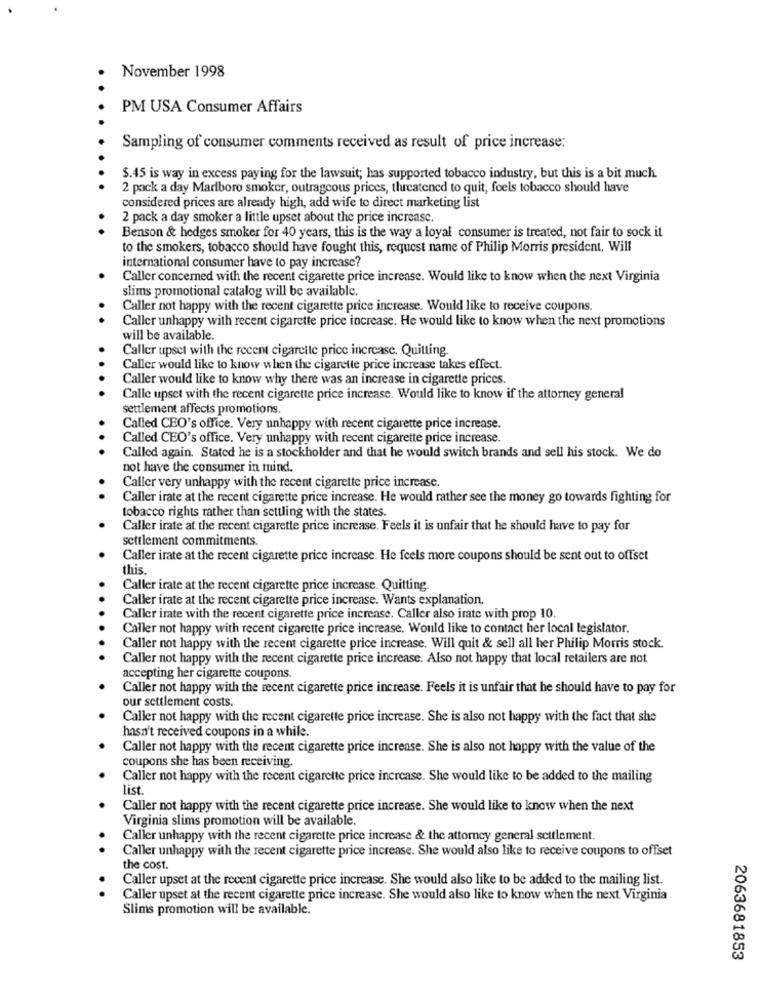
November 1998
PM USA Consumer Affairs
Sampling of consumer comments received as result of price increase:
$.45 is way in excess paying for the lawsuit; has supported tobacco industry, but this is a bit much.
2 pack a day Marlboro smoker, outrageous prices, threatened to quit, feels tobacco should have
considered prices are already high, add wife to direct marketing list
2 pack a day smoker a little upset about the price increase.
Benson & hedges smoker for 40 years, this is the way a loyal consumer is treated, not fair to sock it
to the smokers, tobacco should have fought this, request name of Philip Morris president, Will
international consumer have to pay increase?
Caller concerned with the recent cigarette price increase. Would like to know when the next Virginia
slims promotional catalog will be available.
Caller not happy with the recent cigarette price increase. Would like to receive coupons.
Caller unhappy with recent cigarette price increase. He would like to know when the next promotions
will be available.
Caller upset with the recent cigarette price increase. Quiuing
Caller would like to know when the cigarette price increase takes effect.
Caller would like to know why there was an increase in cigarette prices.
Calle upset with the recent cigarette price increase. Would like to know if the attorney general
settlement affects promotions.
Called CEO's office. Very unhappy with recent cigarette price increase.
Called CEO's office. Very unhappy with recent cigarette price increase.
Called again. Stated he is a stockholder and that he would switch brands and sell his stock. We do
not have the consumer in mind.
Caller very unhappy with the recent cigarette price increase.
Caller irate at the recent cigarette price increase. He would rather see the money go towards fighting for
tobacco rights rather than settling with the states.
Caller irate at the recent cigarette price increase. Feels it is unfair that he should have to pay for
settlement commitments.
Caller irate at the recent cigarette price increase. He feels more coupons should be sent out to offset
this
Caller irate at the recent cigarette price increase. Quitting.
Caller irate at the recent cigarette price increase. Wants explanation.
Caller imate with the recent cigarette price increase. Caller also irate with prop 10.
Caller not happy with recent cigarette price increase. Would like to contact her local legislator.
Caller not happy with the recent cigarette price increase. Will quit & sell all her Philip Morris stock.
Caller not happy with the recent cigarette price increase. Also not happy that local retailers are not
accepting her cigarette coupons.
Caller not happy with the recent cigarette price increase. Feels it is unfair that he should have to pay for
our settlement costs.
Caller not happy with the recent cigarette price increase. She is also not happy with the fact that she
hasn't received coupons in a while.
Caller not happy with the recent cigarette price increase. She is also not happy with the value of the
coupons she has been receiving.
Caller not happy with the recent cigarette price increase. She would like to be added to the mailing
list.
Caller not happy with the recent cigarette price increase. She would like to know when the next
Virginia slims promotion will be available.
Caller unhappy with the recent cigarette price increase & the attorney general settlement.
Caller unhappy with the recent cigarette price increase. She would also like to receive coupons to offset
the cost.
Caller upset at the recent cigarette price increase. She would also like to be added to the mailing list.
.
Caller upset at the recent cigarette price increase. She would also like to know when the next Virginia
Slims promotion will be available.
2063681853